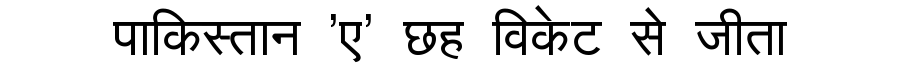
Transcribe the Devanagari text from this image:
पाकिस्तान 'ए' छह विकेट से जीता